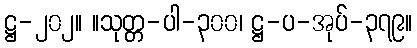
ဋ္ဌ-၂၀၂။ ။သုတ္တ-ပါ-၃၀၀၊ ဋ္ဌ-ပ-အုပ်-၃၇၉။